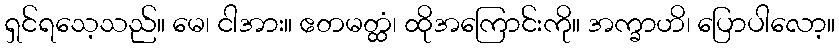
ရှင်ရသေ့သည်။ မေ၊ ငါအား။ ဧတမတ္ထံ၊ ထိုအကြောင်းကို။ အက္ခာဟိ၊ ပြောပါလော့။